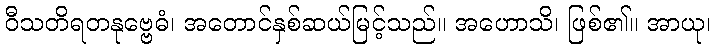
ဝီသတိရတနုဗ္ဗေဓံ၊ အတောင်နှစ်ဆယ်မြင့်သည်။ အဟောသိ၊ ဖြစ်၏။ အာယု၊